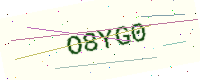
Text: O8YG0